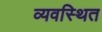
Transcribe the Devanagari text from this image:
व्‍यवस्‍िथत